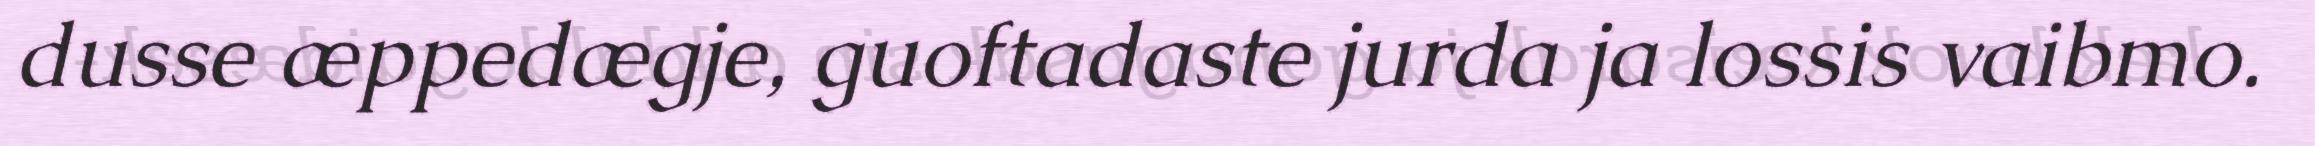
dusse æppedægje, guoftadaste jurda ja lossis vaibmo.